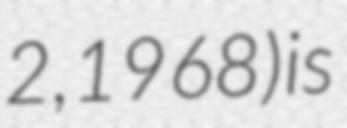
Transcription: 2, 1968) is